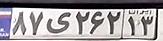
۸۷ی۲۶۲۱۳